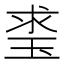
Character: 𤥲